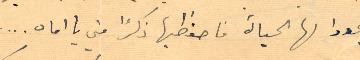
يجددوا لها الحياة فاحفظيها ذكرًا مني يا اماه...